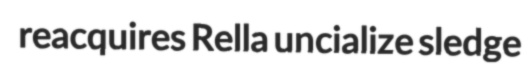
reacquires Rella uncialize sledge